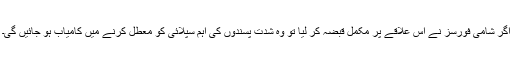
اگر شامی فورسز نے اس علاقے پر مکمل قبضہ کر لیا تو وہ شدت پسندوں کی اہم سپلائی کو معطل کرنے میں کامیاب ہو جائیں گی۔